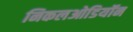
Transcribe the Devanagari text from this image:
निकलओडियॉन